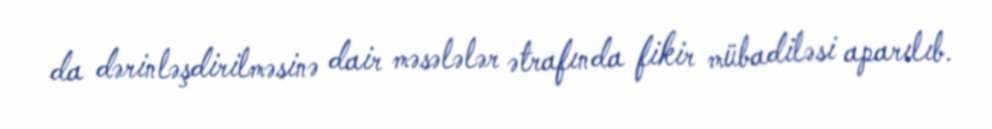
da dərinləşdirilməsinə dair məsələlər ətrafında fikir mübadiləsi aparılıb.